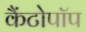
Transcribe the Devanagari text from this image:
कैंटोपॉप